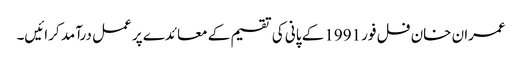
عمران خان فل فور 1991 کے پانی کی تقسیم کے معائدے پر عمل درآمد کرائیں۔